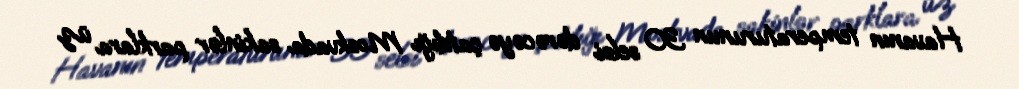
Havanın temperaturunun 30 selsi dərəcəyə çatdığı Moskvada sakinlər parklara üz